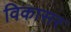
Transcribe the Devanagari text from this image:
विकासर